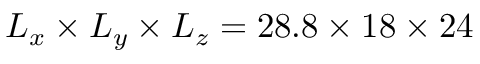
L _ { x } \times L _ { y } \times L _ { z } = 2 8 . 8 \times 1 8 \times 2 4